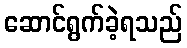
ဆောင်ရွက်ခဲ့ရသည်